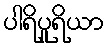
ပါရိပူရိယာ